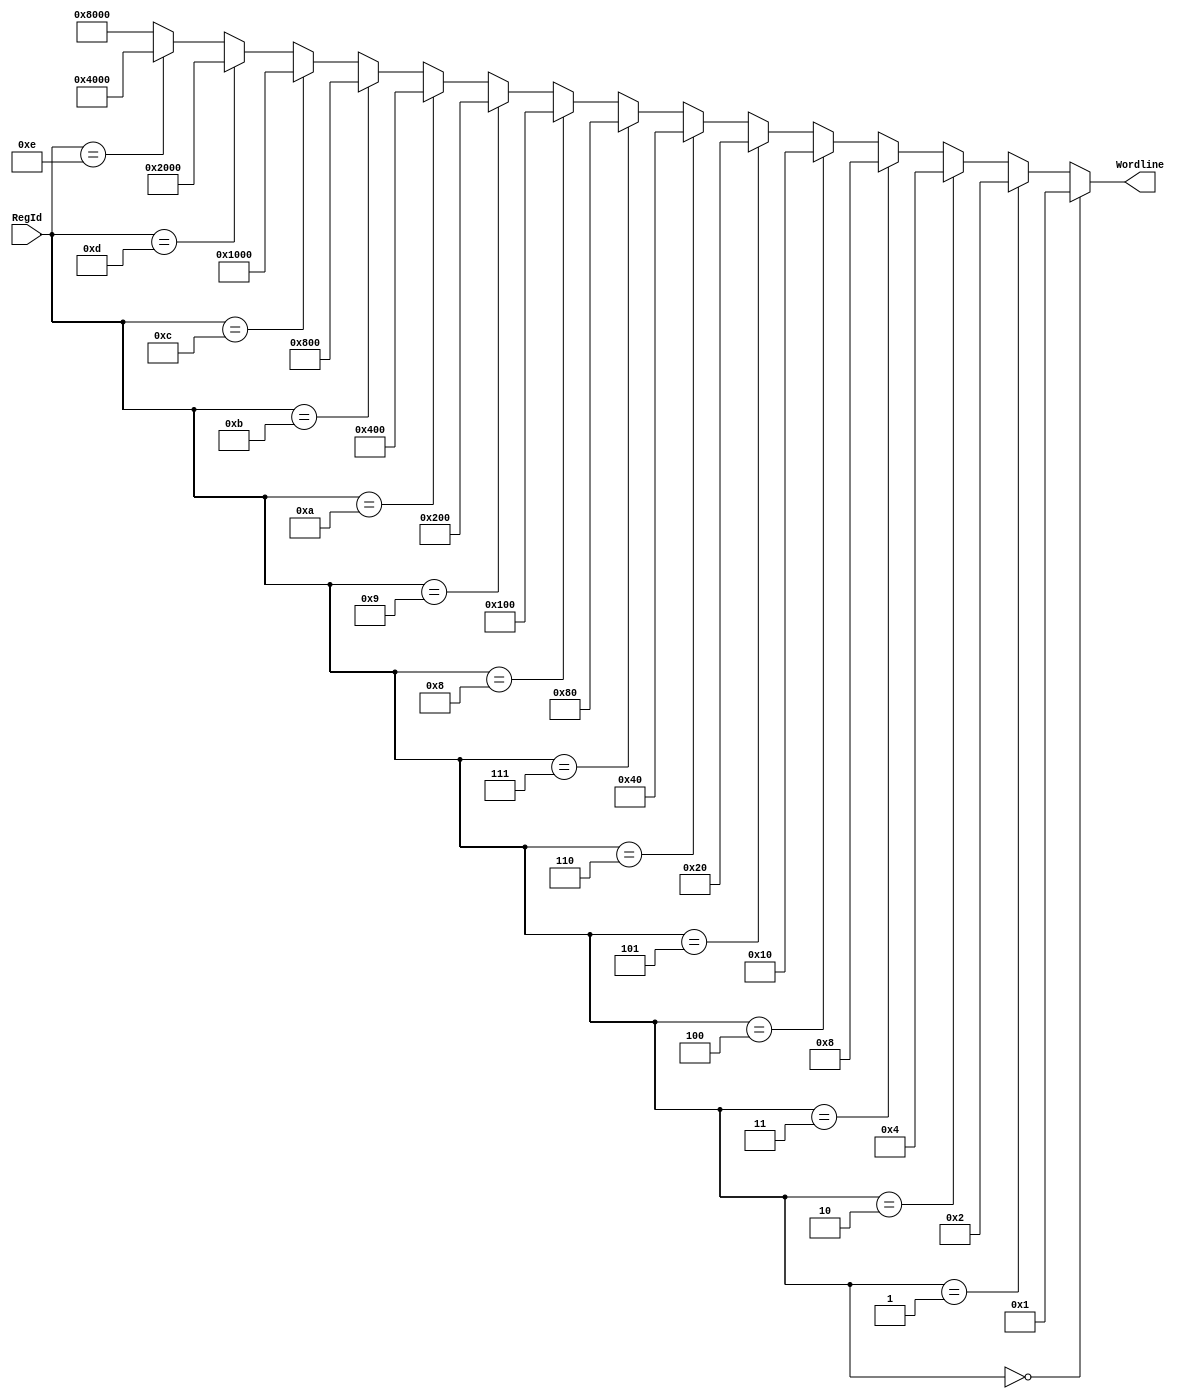
module ReadDecoder_4_16(input [3:0] RegId, output [15:0] Wordline);
	
	assign Wordline = (RegId == 4'h0) ? 16'h0001 :
					  (RegId == 4'h1) ? 16'h0002 :
					  (RegId == 4'h2) ? 16'h0004 :
					  (RegId == 4'h3) ? 16'h0008 :
					  (RegId == 4'h4) ? 16'h0010 :
					  (RegId == 4'h5) ? 16'h0020 :
					  (RegId == 4'h6) ? 16'h0040 :
					  (RegId == 4'h7) ? 16'h0080 :
					  (RegId == 4'h8) ? 16'h0100 :
					  (RegId == 4'h9) ? 16'h0200 :
					  (RegId == 4'hA) ? 16'h0400 :
					  (RegId == 4'hB) ? 16'h0800 :
					  (RegId == 4'hC) ? 16'h1000 :
					  (RegId == 4'hD) ? 16'h2000 :
					  (RegId == 4'hE) ? 16'h4000 : 16'h8000;
endmodule